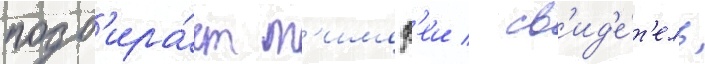
подб'ира́ет т'имоф'еи / св'ид'е́т'ель